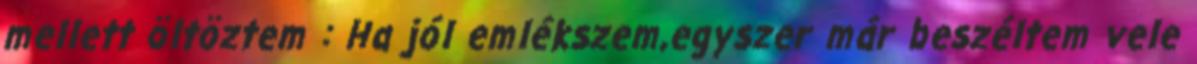
mellett öltöztem : Ha jól emlékszem,egyszer már beszéltem vele